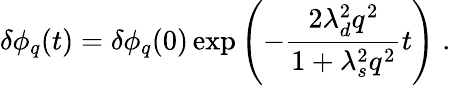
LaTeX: \delta\phi_{q}(t)=\delta\phi_{q}(0)\exp\left(-\frac{2\lambda_{d}^{2}q^{2}}{1+\lambda_{s}^{2}q^{2}}t\right)\; .